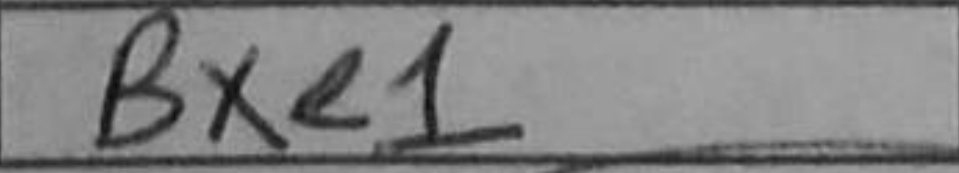
Transcription: Bxe1